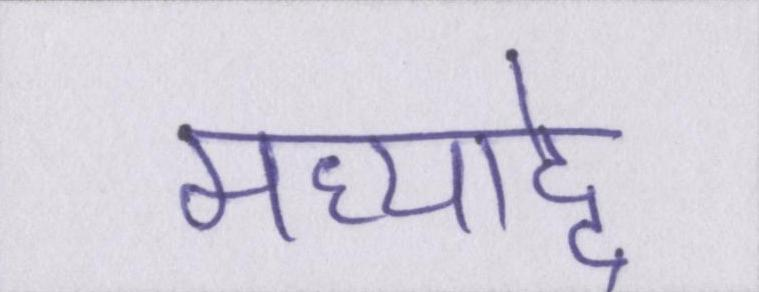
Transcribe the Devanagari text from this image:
मध्याद्दे